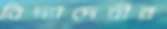
বিদ্যাদেবীর